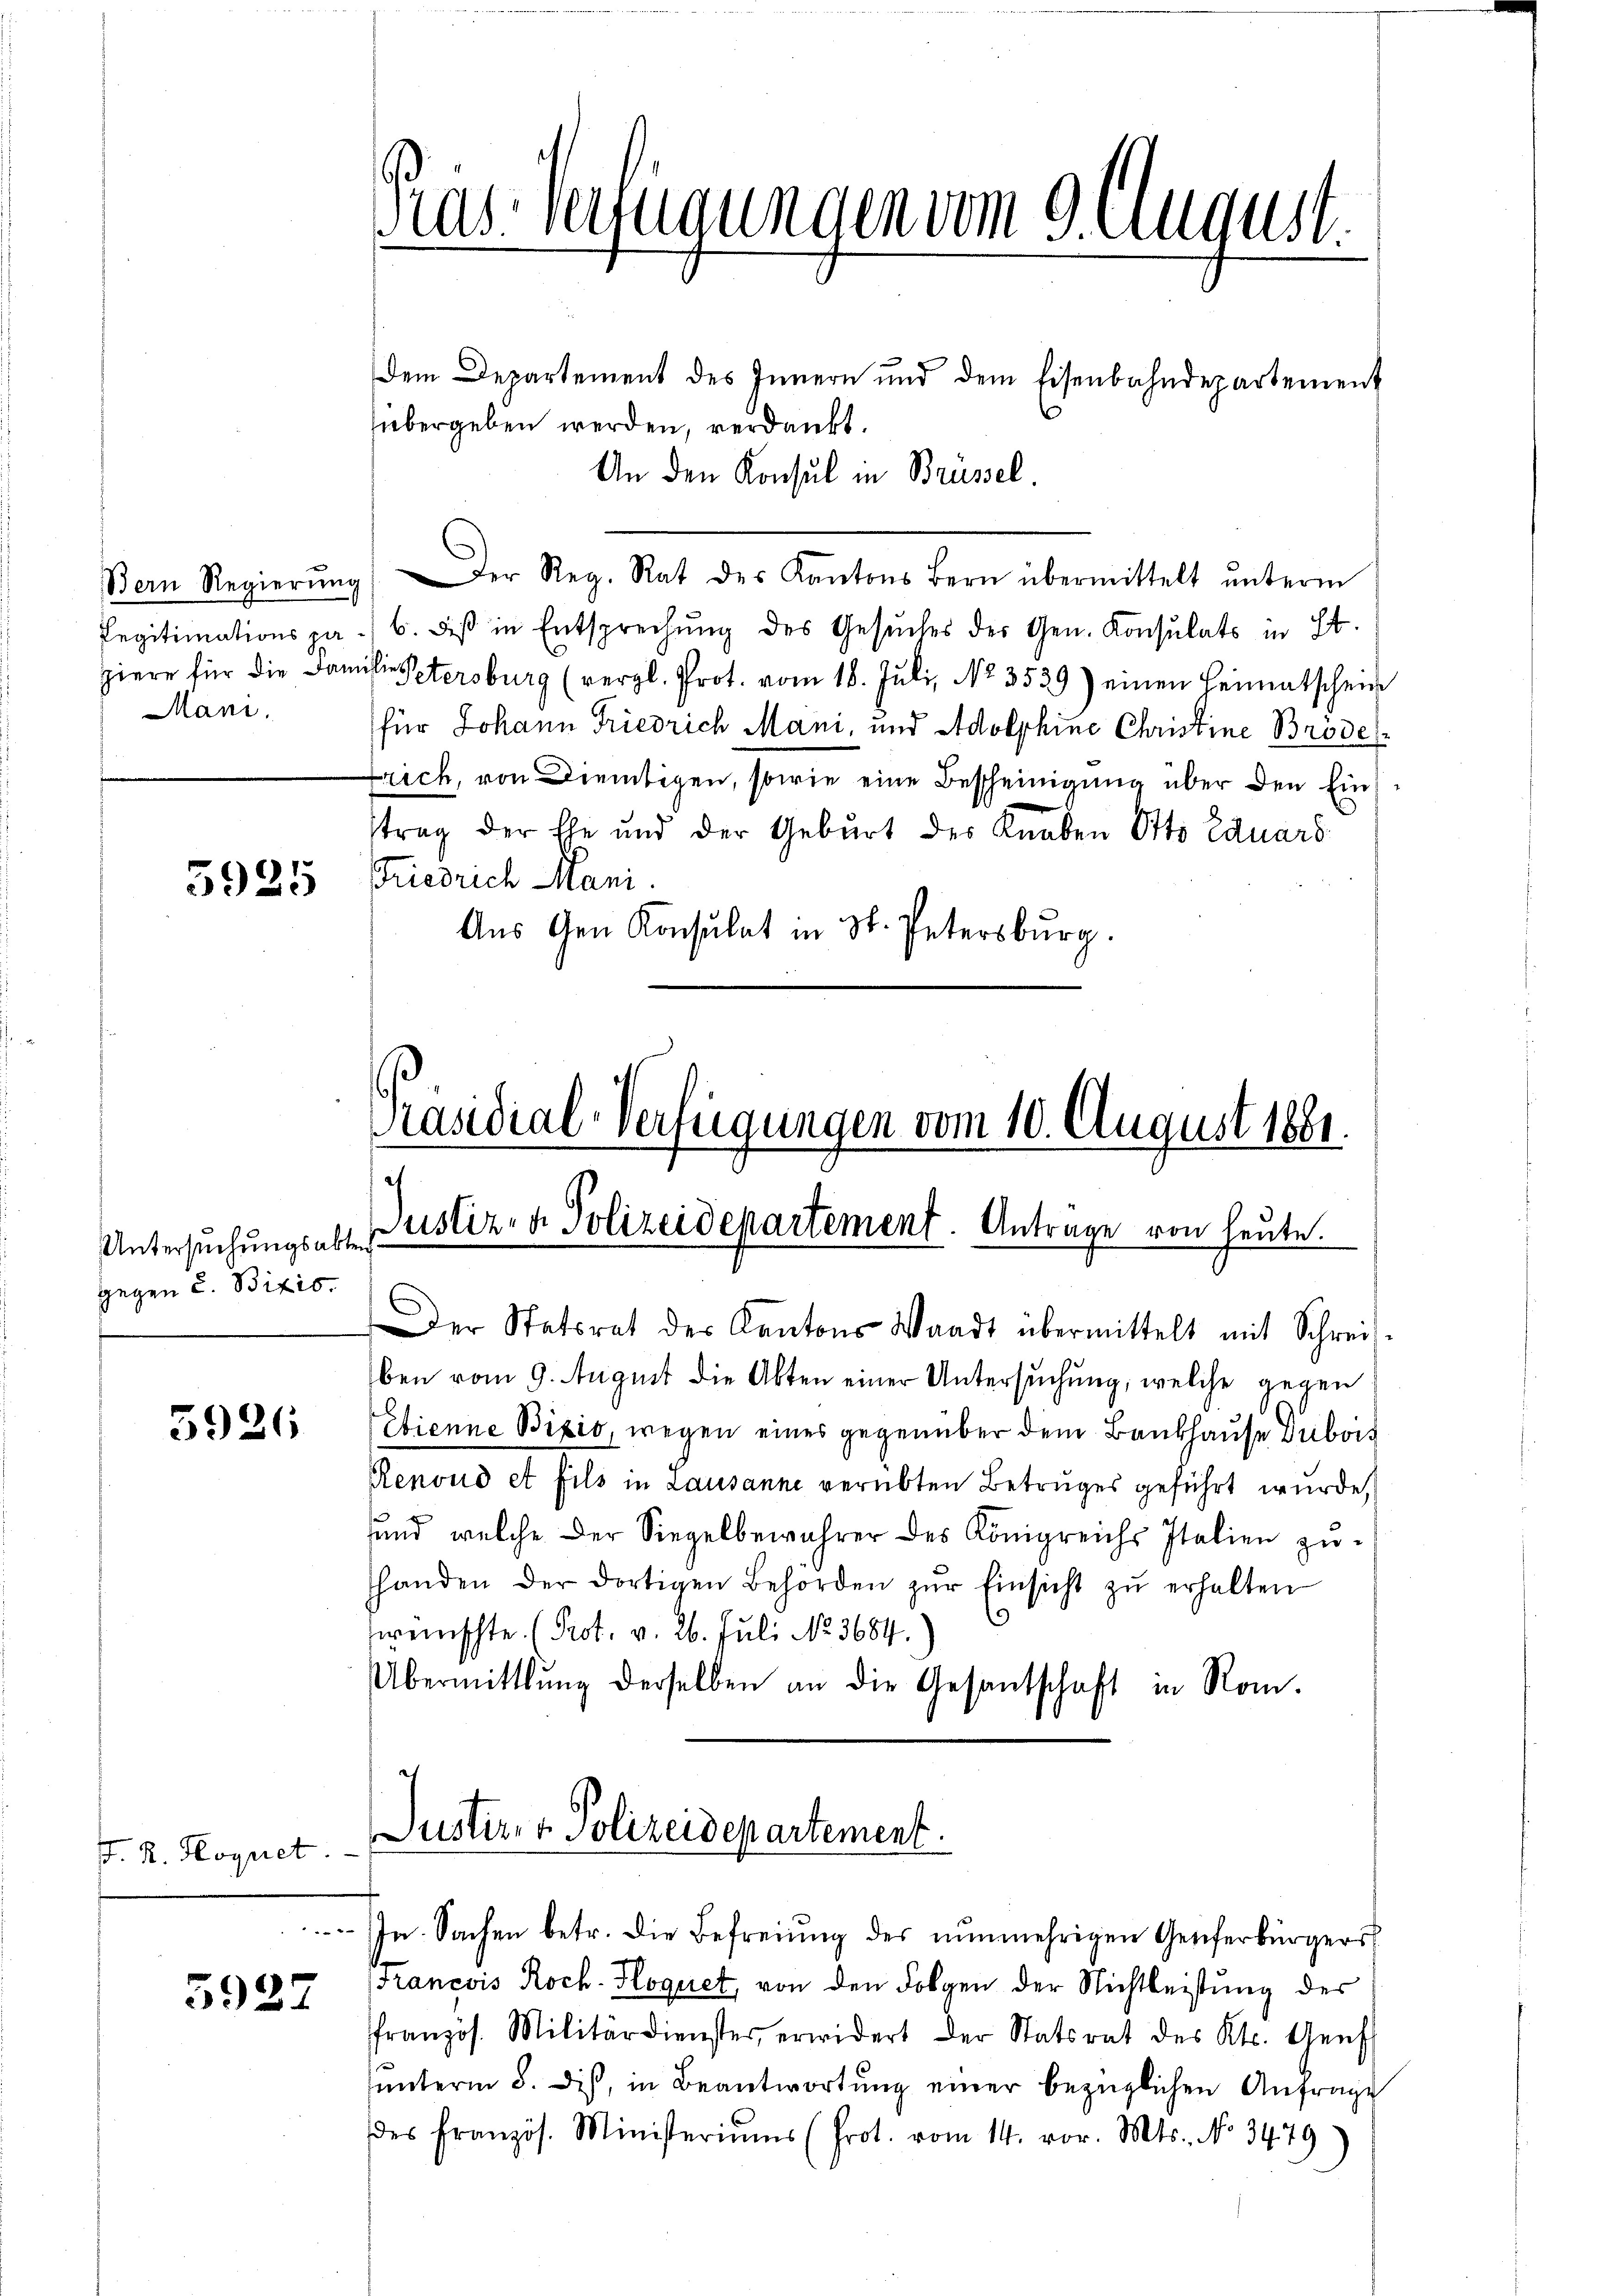
Bern Regierung
Mani.

5925

gegen u. Bixis.

3926

. R. Hoquet

5927

dem Departement des Innern und dem Eisenbahndepartement
übergeben werden, verdankt.
An den Konsul in Brüssel.
Der Reg. Rat des Kantons Bern übermittelt ŭnterm
Pegitimationspa - 6. des in Entsprechŭng des Gesŭches der Gen. Konsulats in St.
hiere für die Familie Petersburg (vergl. Prot. vom 18. Jŭli, No. 3539) einen Heimatschein
für Johann Friedrich Mani, und Adolphine Christine Brode
trich, von Dientigen, sowie eine Bescheinigung über den Eintrag der Ehe und der Geburt der Knaben Otto Eduard
Friedrich Mani.
Aus Gen Konsulat in St. Petersburg.

Pras. Verzugungen vom 9. August.

Präsidial-Verfügungen vom 10. August 1881.
Untersŭchŭngsabte Zustiz- & Polizeidepartement. Antrage von heute.

Der Statsrat der Kantons Waadt übermittelt mit Schreis-
ben vom 9. August die Akten einer Untersuchung, welche gegen
Etienne Bixis, wegen eines gegenüber dem Bankhause subois
Renoud et fils in Lausanne verübten Betruges geführt wurde,
und welche der Siegelbewahrer des Königreichs Italien zushanden der dortigen Behörden zŭr Einsicht zŭ erhalten
weinschte. (Prot. v. 26. Juli No. 3684.)
Übermittlung derselben an die Gesantschaft in Rom.

Juster, 1 Polizeidepartement.

In Sachen betr. die Befreiung des nunmehrigen Genferbürgers
Francois Roch-Floquet, von den Folgen der Nichtleistung der
ffranzös. Militärdienster, erwidert der Statsrat des Kts. Genf
unterm 8. dis, in Beantwortung einer bezüglichen Anfrage
des französ. Ministeriums (Prot. vom 14. vor. Mts. No 3479